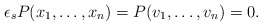
\begin{align*}\epsilon_sP(x_1, \ldots, x_n)=P(v_1, \ldots, v_n)=0.\end{align*}